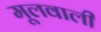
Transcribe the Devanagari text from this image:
मूलवाली